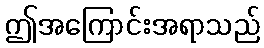
ဤအကြောင်းအရာသည်